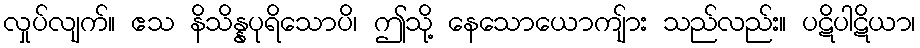
လှုပ်လျက်။ ဧသ နိသိန္နပုရိသောပိ၊ ဤသို့ နေသောယောကျ်ား သည်လည်း။ ပဋိပါဋိယာ၊